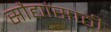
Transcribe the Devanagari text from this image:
सौद्यांसाठी